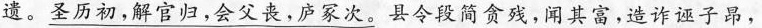
遗。圣历初，解官归，会父丧，庐冢次。县令段简贪残，闻其富，造诈诬子昂，